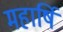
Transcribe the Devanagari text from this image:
महार्षि